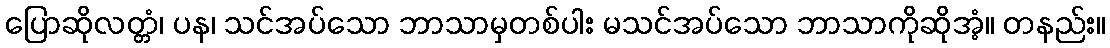
ပြောဆိုလတ္တံ၊ ပန၊ သင်အပ်သော ဘာသာမှတစ်ပါး မသင်အပ်သော ဘာသာကိုဆိုအံ့။ တနည်း။